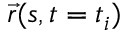
{ \vec { r } } ( s , t = t _ { i } )